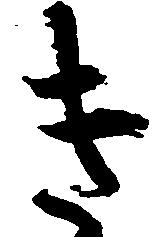
き